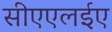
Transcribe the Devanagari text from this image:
सीएएलईए